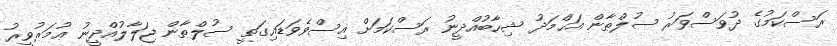
ރަސްކަމުގެ ދުވަސްވަރު ސުލްޠާން އަޙްމަދު ޝިހާބުއްދީނު ރަސްކަމަށް އިސްވެވަޑައިގަތީ ސުލްޠާން ޖަލާލުއްދީނު ޢުމަރުވީރު